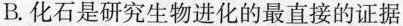
B.化石是研究生物进化的最直接的证据